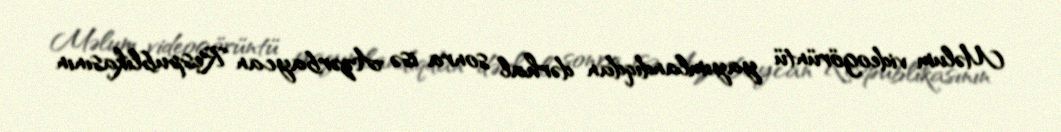
Məlum videogörüntü yayımlandıqdan dərhal sonra isə Azərbaycan Respublikasının